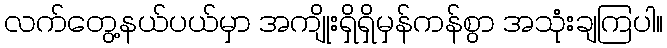
လက်တွေ့နယ်ပယ်မှာ အကျိုးရှိရှိမှန်ကန်စွာ အသုံးချကြပါ။